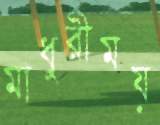
মাধুরীময়